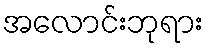
အလောင်းဘုရား